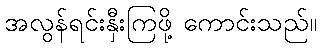
အလွန်ရင်းနှီးကြဖို့ ကောင်းသည်။